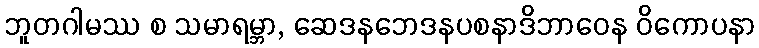
ဘူတဂါမဿ စ သမာရမ္ဘာ, ဆေဒနဘေဒနပစနာဒိဘာဝေန ဝိကောပနာ